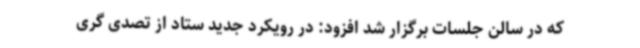
که در سالن جلسات برگزار شد افزود: در رویکرد جدید ستاد از تصدی گری